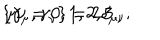
LaTeX: \left\{ \gamma _ { \mu } , \gamma _ { \nu } \right\} = 2 \delta _ { \mu \nu } ; \hspace { 0 . 5 i n } \mu \nu = 0 , 1 , 2 , 3 .